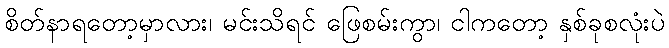
စိတ်နာရတော့မှာလား၊ မင်းသိရင် ဖြေစမ်းကွာ၊ ငါကတော့ နှစ်ခုစလုံးပဲ